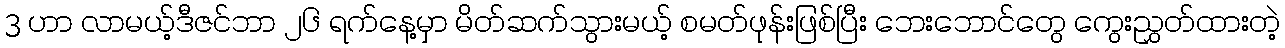
3 ဟာ လာမယ့်ဒီဇင်ဘာ ၂၆ ရက်နေ့မှာ မိတ်ဆက်သွားမယ့် စမတ်ဖုန်းဖြစ်ပြီး ဘေးဘောင်တွေ ကွေးညွှတ်ထားတဲ့